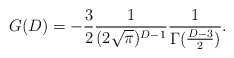
\begin{align*}G(D)=-\frac{3}{2}\frac{1}{(2\sqrt{\pi})^{D-1}}\frac{1}{\Gamma(\frac{D-3}{2})}.\end{align*}